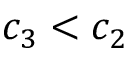
c _ { 3 } < c _ { 2 }